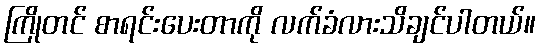
ကြိုတင် စာရင်းပေးတာကို လက်ခံလားသိချင်ပါတယ်။